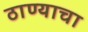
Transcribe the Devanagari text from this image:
ठाण्याचा